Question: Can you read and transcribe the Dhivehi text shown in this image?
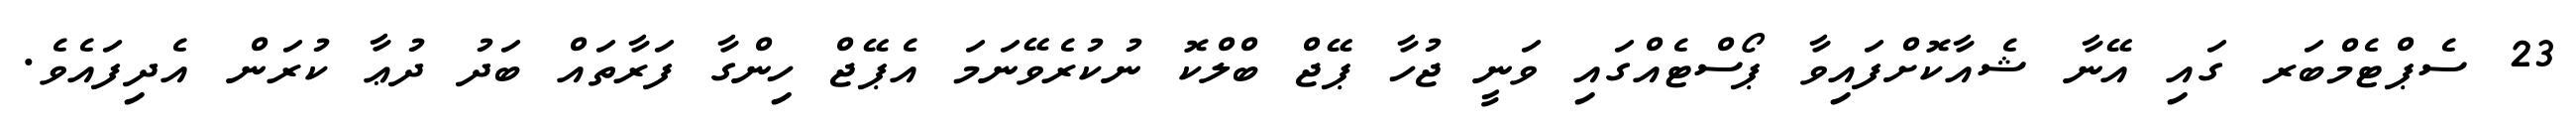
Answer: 23 ސެޕްޓެމްބަރ ގައި އޭނާ ޝެއާކޮށްފައިވާ ޕޯސްޓެއްގައި ވަނީ ޖުހާ ޕޭޖް ބްލްކޮ ނުކުރެވޭނަމަ އެޕޭޖް ހިންގާ ފަރާތައް ބަދު ދުޢާ ކުރަން އެދިފައެވެ.